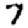
Digit: 7